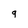
Character: 9